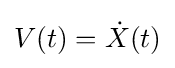
V(t)={\dot {X}}(t)